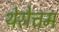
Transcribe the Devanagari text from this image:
थेरोत्तम